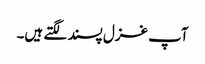
آپ غزل پسند لگتے ہیں۔